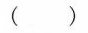
()